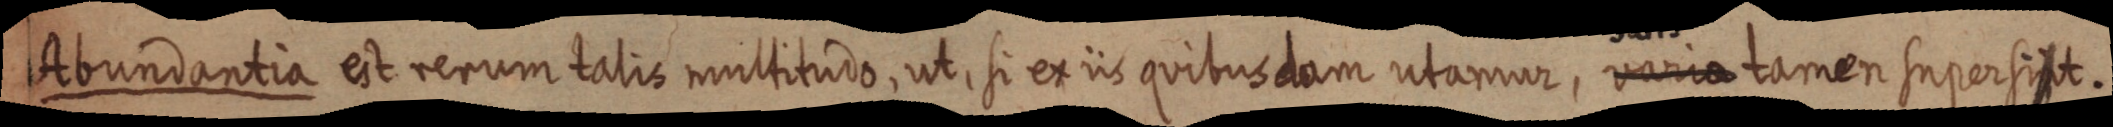
Abundantia eit reruum tali multituro ut si et in quimsdam utamur, vae tamen Iuporsi.